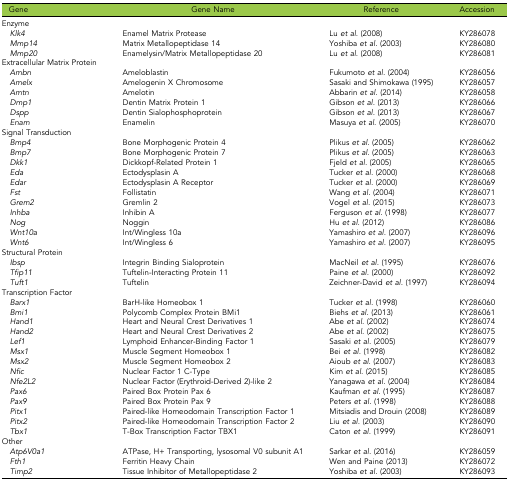
<table><thead><tr><td><b>Gene</b></td><td><b>Gene Name</b></td><td><b>Reference</b></td><td><b>Accession</b></td></tr></thead><tbody><tr><td>Enzyme</td></tr><tr><td><i> Klk4</i></td><td>Enamel Matrix Protease</td><td>Lu <i>et al.</i> (2008)</td><td>KY286078</td></tr><tr><td><i> Mmp14</i></td><td>Matrix Metallopeptidase 14</td><td>Yoshiba <i>et al.</i> (2003)</td><td>KY286080</td></tr><tr><td><i> Mmp20</i></td><td>Enamelysin/Matrix Metallopeptidase 20</td><td>Lu <i>et al.</i> (2008)</td><td>KY286081</td></tr><tr><td>Extracellular Matrix Protein</td></tr><tr><td><i> Ambn</i></td><td>Ameloblastin</td><td>Fukumoto <i>et al.</i> (2004)</td><td>KY286056</td></tr><tr><td><i> Amelx</i></td><td>Amelogenin X Chromosome</td><td>Sasaki and Shimokawa (1995)</td><td>KY286057</td></tr><tr><td><i> Amtn</i></td><td>Amelotin</td><td>Abbarin <i>et al.</i> (2014)</td><td>KY286058</td></tr><tr><td><i> Dmp1</i></td><td>Dentin Matrix Protein 1</td><td>Gibson <i>et al.</i> (2013)</td><td>KY286066</td></tr><tr><td><i> Dspp</i></td><td>Dentin Sialophosphoprotein</td><td>Gibson <i>et al.</i> (2013)</td><td>KY286067</td></tr><tr><td><i> Enam</i></td><td>Enamelin</td><td>Masuya <i>et al.</i> (2005)</td><td>KY286070</td></tr><tr><td>Signal Transduction</td></tr><tr><td><i> Bmp4</i></td><td>Bone Morphogenic Protein 4</td><td>Plikus <i>et al.</i> (2005)</td><td>KY286062</td></tr><tr><td><i> Bmp7</i></td><td>Bone Morphogenic Protein 7</td><td>Plikus <i>et al.</i> (2005)</td><td>KY286063</td></tr><tr><td><i> Dkk1</i></td><td>Dickkopf-Related Protein 1</td><td>Fjeld <i>et al.</i> (2005)</td><td>KY286065</td></tr><tr><td><i> Eda</i></td><td>Ectodysplasin A</td><td>Tucker <i>et al.</i> (2000)</td><td>KY286068</td></tr><tr><td><i> Edar</i></td><td>Ectodysplasin A Receptor</td><td>Tucker <i>et al.</i> (2000)</td><td>KY286069</td></tr><tr><td><i> Fst</i></td><td>Follistatin</td><td>Wang <i>et al.</i> (2004)</td><td>KY286071</td></tr><tr><td><i> Grem2</i></td><td>Gremlin 2</td><td>Vogel <i>et al.</i> (2015)</td><td>KY286073</td></tr><tr><td><i> Inhba</i></td><td>Inhibin A</td><td>Ferguson <i>et al.</i> (1998)</td><td>KY286077</td></tr><tr><td><i> Nog</i></td><td>Noggin</td><td>Hu <i>et al.</i> (2012)</td><td>KY286086</td></tr><tr><td><i> Wnt10a</i></td><td>Int/Wingless 10a</td><td>Yamashiro <i>et al.</i> (2007)</td><td>KY286096</td></tr><tr><td><i> Wnt6</i></td><td>Int/Wingless 6</td><td>Yamashiro <i>et al.</i> (2007)</td><td>KY286095</td></tr><tr><td>Structural Protein</td></tr><tr><td><i> Ibsp</i></td><td>Integrin Binding Sialoprotein</td><td>MacNeil <i>et al.</i> (1995)</td><td>KY286076</td></tr><tr><td><i> Tfip11</i></td><td>Tuftelin-Interacting Protein 11</td><td>Paine <i>et al.</i> (2000)</td><td>KY286092</td></tr><tr><td><i> Tuft1</i></td><td>Tuftelin</td><td>Zeichner-David <i>et al.</i> (1997)</td><td>KY286094</td></tr><tr><td>Transcription Factor</td></tr><tr><td><i> Barx1</i></td><td>BarH-like Homeobox 1</td><td>Tucker <i>et al.</i> (1998)</td><td>KY286060</td></tr><tr><td><i> Bmi1</i></td><td>Polycomb Complex Protein BMi1</td><td>Biehs <i>et al.</i> (2013)</td><td>KY286061</td></tr><tr><td><i> Hand1</i></td><td>Heart and Neural Crest Derivatives 1</td><td>Abe <i>et al.</i> (2002)</td><td>KY286074</td></tr><tr><td><i> Hand2</i></td><td>Heart and Neural Crest Derivatives 2</td><td>Abe <i>et al.</i> (2002)</td><td>KY286075</td></tr><tr><td><i> Lef1</i></td><td>Lymphoid Enhancer-Binding Factor 1</td><td>Sasaki <i>et al.</i> (2005)</td><td>KY286079</td></tr><tr><td><i> Msx1</i></td><td>Muscle Segment Homeobox 1</td><td>Bei <i>et al.</i> (1998)</td><td>KY286082</td></tr><tr><td><i> Msx2</i></td><td>Muscle Segment Homeobox 2</td><td>Aioub <i>et al.</i> (2007)</td><td>KY286083</td></tr><tr><td><i> Nfic</i></td><td>Nuclear Factor 1 C-Type</td><td>Kim <i>et al.</i> (2015)</td><td>KY286085</td></tr><tr><td><i> Nfe2L2</i></td><td>Nuclear Factor (Erythroid-Derived 2)-like 2</td><td>Yanagawa <i>et al.</i> (2004)</td><td>KY286084</td></tr><tr><td><i> Pax6</i></td><td>Paired Box Protein Pax 6</td><td>Kaufman <i>et al.</i> (1995)</td><td>KY286087</td></tr><tr><td><i> Pax9</i></td><td>Paired Box Protein Pax 9</td><td>Peters <i>et al.</i> (1998)</td><td>KY286088</td></tr><tr><td><i> Pitx1</i></td><td>Paired-like Homeodomain Transcription Factor 1</td><td>Mitsiadis and Drouin (2008)</td><td>KY286089</td></tr><tr><td><i> Pitx2</i></td><td>Paired-like Homeodomain Transcription Factor 2</td><td>Liu <i>et al.</i> (2003)</td><td>KY286090</td></tr><tr><td><i> Tbx1</i></td><td>T-Box Transcription Factor TBX1</td><td>Caton <i>et al.</i> (1999)</td><td>KY286091</td></tr><tr><td>Other</td></tr><tr><td><i> Atp6V0a1</i></td><td>ATPase, H+ Transporting, lysosomal V0 subunit A1</td><td>Sarkar <i>et al.</i> (2016)</td><td>KY286059</td></tr><tr><td><i> Fth1</i></td><td>Ferritin Heavy Chain</td><td>Wen and Paine (2013)</td><td>KY286072</td></tr><tr><td><i> Timp2</i></td><td>Tissue Inhibitor of Metallopeptidase 2</td><td>Yoshiba <i>et al.</i> (2003)</td><td>KY286093</td></tr></tbody></table>